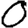
Digit: 0